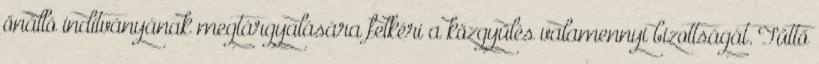
önálló indítványának megtárgyalására felkéri a közgyűlés valamennyi bizottságát. Tüttő